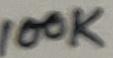
Text: 100K